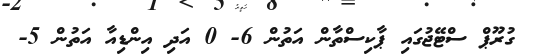
ގުރޫޕް ސްޓޭޖުގައި ޕާކިސްތާން އަތުން 6- 0 އަދި އިންޑިއާ އަތުން 5-